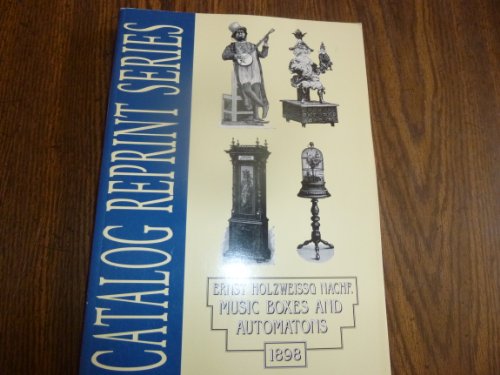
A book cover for Ernst Holzweissg Nachf, Music Boxes and Automatons, 1898: Catalog Reprint Series; Ernst Holzweissg; Crafts, Hobbies & Home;